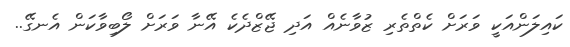
ކައިލަންއަކީ ވަރަށް ކެތްތެރި ޒުވާނެއް އަދި ޖޭޒްދެކެ އޭނާ ވަރަށް ލޯބިވާކަން އެނގޭ..